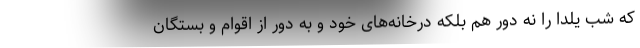
که شب یلدا را نه دور هم بلکه درخانه‌های خود و به دور از اقوام و بستگان